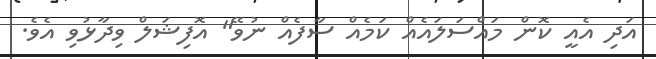
އަދި އެއީ ކޮން މައްސަލައެއް ކަމެއް ސާފެއް ނުވޭ" އޮފިޝަލް ވިދާޅުވި އެވެ.